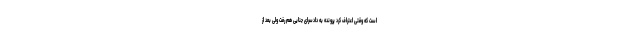
است که وقتی اعتراف کرد پرونده به دادسرای جنایی هم رفت ولی بعد از